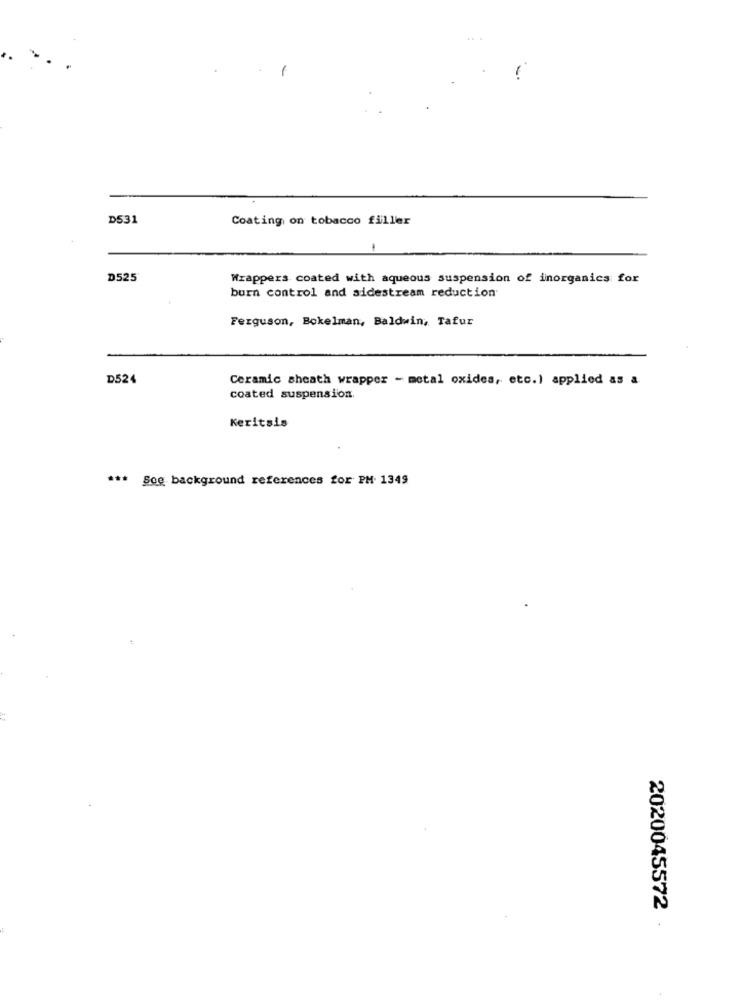
D531
Coating on tobacco filler
D525
Wrappers coated with aqueous suspension of inorganics for
burn control and sidestream reduction
Ferguson, Bokelman, Baldwin, Tafur
D524
Ceramic sheath wrapper - metal oxides, etc.) applied as a
coated suspension.
Keritsis
*** Sog background references for PH. 1349
2020045572